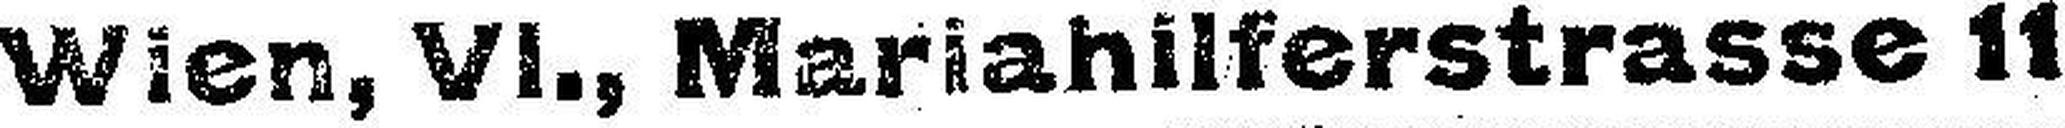
Wien, VI., Mariahilferstrasse 11